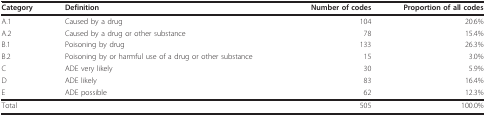
<table><thead><tr><td><b>Category</b></td><td><b>Definition</b></td><td><b>Number of codes</b></td><td><b>Proportion of all codes</b></td></tr></thead><tbody><tr><td>A.1</td><td>Caused by a drug</td><td>104</td><td>20.6%</td></tr><tr><td>A.2</td><td>Caused by a drug or other substance</td><td>78</td><td>15.4%</td></tr><tr><td>B.1</td><td>Poisoning by drug</td><td>133</td><td>26.3%</td></tr><tr><td>B.2</td><td>Poisoning by or harmful use of a drug or other substance</td><td>15</td><td>3.0%</td></tr><tr><td>C</td><td>ADE very likely</td><td>30</td><td>5.9%</td></tr><tr><td>D</td><td>ADE likely</td><td>83</td><td>16.4%</td></tr><tr><td>E</td><td>ADE possible</td><td>62</td><td>12.3%</td></tr><tr><td>Total</td><td></td><td>505</td><td>100.0%</td></tr></tbody></table>